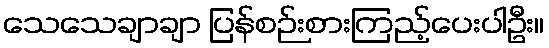
သေသေချာချာ ပြန်စဉ်းစားကြည့်ပေးပါဦး။